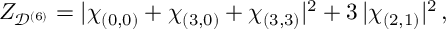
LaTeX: Z _ { \mathcal { D } ^ { ( 6 ) } } = | \chi _ { ( 0 , 0 ) } + \chi _ { ( 3 , 0 ) } + \chi _ { ( 3 , 3 ) } | ^ { 2 } + 3 \, | \chi _ { ( 2 , 1 ) } | ^ { 2 } \, ,